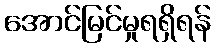
အောင်မြင်မှုရရှိရန်